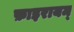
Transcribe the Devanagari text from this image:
फ़ाइरायम्